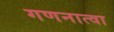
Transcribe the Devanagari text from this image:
गणनात्वा